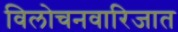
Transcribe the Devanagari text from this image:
विलोचनवारिजात